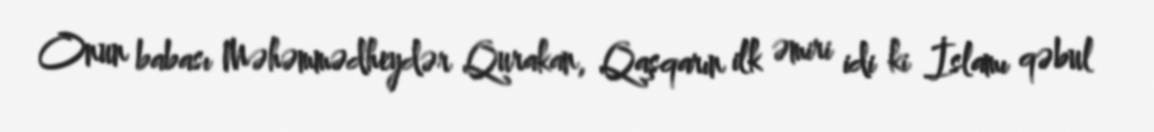
Onun babası Məhəmmədheydər Qurakan, Qaşqarın ilk əmiri idi ki İslamı qəbul